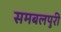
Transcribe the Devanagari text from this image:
समबलपुरी